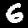
Digit: 6